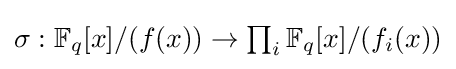
{\textstyle \sigma :\mathbb {F} _{q}[x]/(f(x))\to \prod _{i}\mathbb {F} _{q}[x]/(f_{i}(x))}